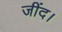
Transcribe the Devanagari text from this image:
जींद।